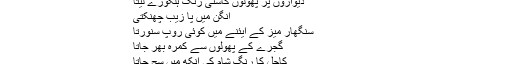
کاش کہ میرا بھی ایک گھر ہوتا
جس کے زینے پہ خوشبوئوں کی معطر چاپ ہولے سے ابھرتی
دیواروں پر پھولوں کاسنی رنگ ہلکورے لیتا
آنگن میں پا زیب چھنکتی
سنگھار میز کے آیئنے میں کوئی روپ سنورتا
گجرے کے پھولوں سے کمرہ بھر جاتا
کاجل کا رنگ شام کی آنکھ میں سج جاتا
چاندنی کا رنگ جیون رات جلا دیتا
وہ ہوتی…..!